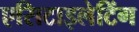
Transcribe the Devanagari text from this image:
एसिटाइलेटिंग